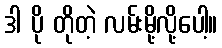
ဒါ ပို တိုတဲ့ လမ်းမို့လို့ပေါ့။